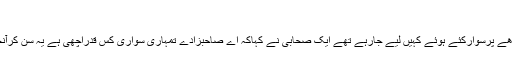
(2)
ایک دن سرورکائنات (ص) امام حسن (ع) کوکاندھے پرسوارکئے ہوئے کہیں لیے جارہے تھے ایک صحابی نے کہاکہ اے صاحبزادے تمہاری سواری کس قدراچھی ہے یہ سن کرآنحضرت نے فرمایایہ کہوکہ کس قدراچھاسوارہے۔